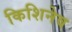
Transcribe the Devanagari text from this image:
किशिनेव